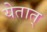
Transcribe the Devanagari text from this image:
येतात्